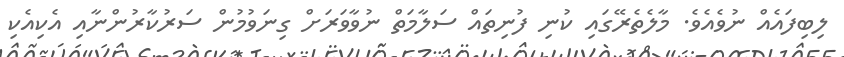
ލިބިފައެއް ނުވެއެވެ. މާލެތެރޭގައި ކުނި ފުނިތައް ސަލާމަތް ނުވާވަރަށް ގިނަވުމުން ސަރުކާރުންނާއި އެކިއެކި